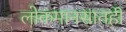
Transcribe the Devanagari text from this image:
लोकमानसातही